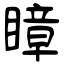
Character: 瞕